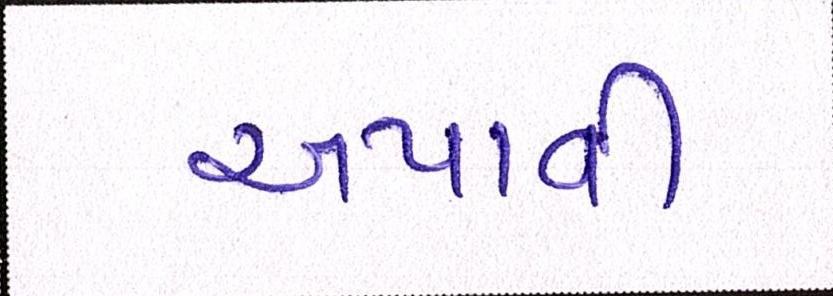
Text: અપાવી